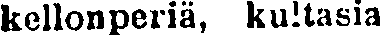
kellonperiä, kultasia